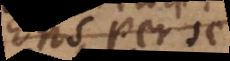
Ens per se,